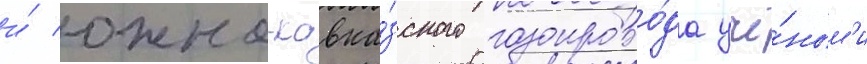
и́ южно-кавка́зского газопрово́да учё́ным'и